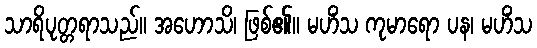
သာရိပုတ္တရာသည်။ အဟောသိ၊ ဖြစ်၏။ မဟိံသ ကုမာရော ပန၊ မဟိံသ